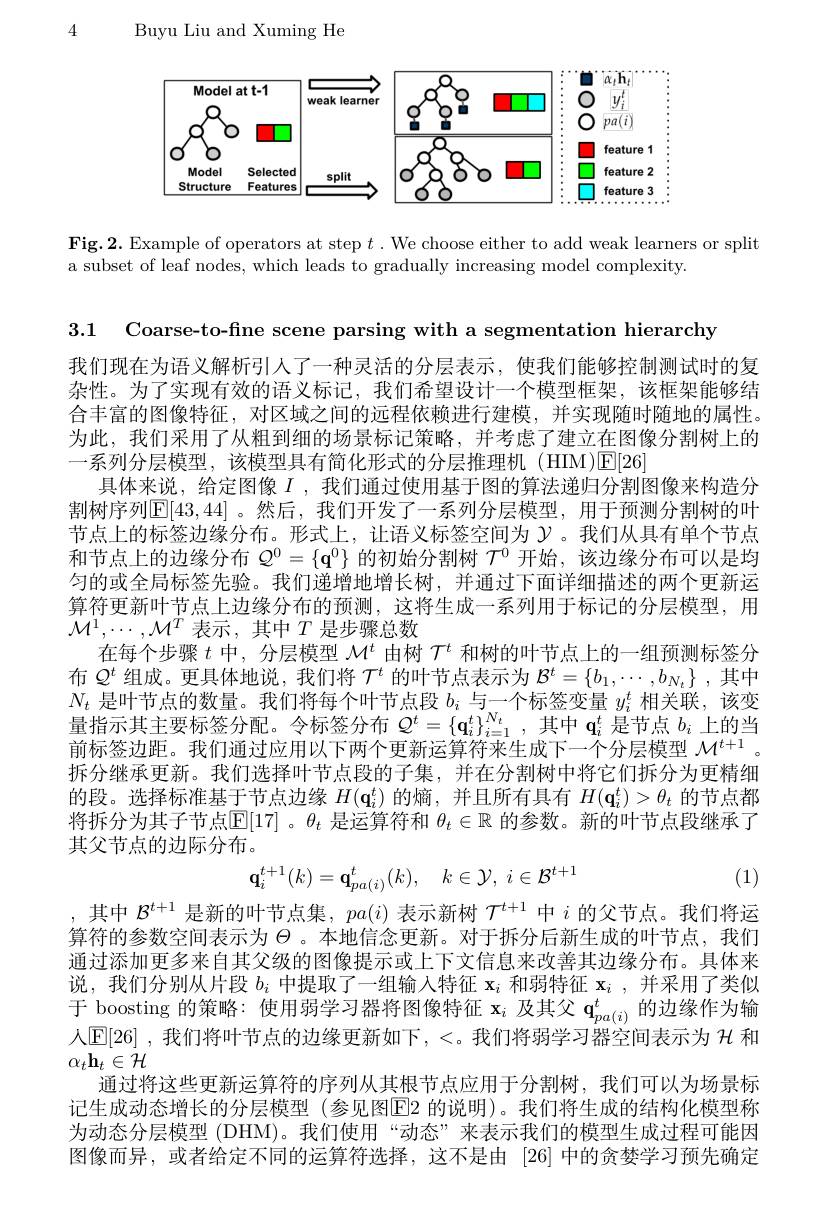
4

Buyu Liu and Xuming He

<FigureHere>

Fig.2. Example of operators at step $t.$ We choose either to add weak learners or split
a subset of leaf nodes, which leads to gradually increasing model complexity.

3.1 Coarse-to-fine scene parsing with a segmentation hierarchy

我们现在为语义解析引人了一种灵活的分层表示，使我们能够控制测试时的复杂性。为了实现有效的语义标记，我们希望设计一个模型框架，该框架能够结合丰富的图像特征，对区域之间的远程依赖进行建模，并实现随时随地的属性。为此，我们采用了从粗到细的场景标记策略，并考虑了建立在图像分割树上的一系列分层模型，该模型具有简化形式的分层推理机(HIM)[E[26]
具体来说，给定图像$I$ ,我们通过使用基于图的算法递归分割图像来构造分割树序列$\mathbb{E}[43,44]$。然后，我们开发了一系列分层模型，用于预测分割树的叶节点上的标签边缘分布。形式上，让语义标签空间为$\mathcal{Y}$。我们从具有单个节点和节点上的边缘分布$Q^0=\{\mathbf{q}^0\}$的初始分割树$\mathcal{T}^0$开始，该边缘分布可以是均匀的或全局标签先验。我们递增地增长树，并通过下面详细描述的两个更新运算符更新叶节点上边缘分布的预测，这将生成一系列用于标记的分层模型，用$\mathcal{M}^{1},\cdots,\mathcal{M}^{T}$表示，其中$T$是步骤总数
在每个步骤$t$中，分层模型$\mathcal{M}^t$由树$\mathcal{T}^t$和树的叶节点上的一组预测标签分布$Q^t$组成。更具体地说，我们将$T^t$的叶节点表示为$\mathcal{B}^t=\{b_1,\cdots,b_{N_t}\}$,其中$N_{t}$是叶节点的数量。我们将每个叶节点段$b_i$与一个标签变量$y_i^t$相关联，该变量指示其主要标签分配。令标签分布$Q^t=\{\mathbf{q}_i^t\}_{i=1}^{N_t}$,其中$\mathbf{q}_i^t$是节点$b_i$上的当前标签边距。我们通过应用以下两个更新运算符来生成下一个分层模型$\mathcal{M}^{t+1}$ 。拆分继承更新。我们选择叶节点段的子集，并在分割树中将它们拆分为更精细的段。选择标准基于节点边缘$H(\mathbf{q}_i^t)$的熵，并且所有具有$H(\mathbf{q}_i^t)>\theta_t$的节点都将拆分为其子节点$\overline{\mathbb{E}}[17]$ 。$\theta_t$是运算符和$\theta_t\in\mathbb{R}$的参数。新的叶节点段继承了其父节点的边际分布。
$$\mathbf{q}_i^{t+1}(k)=\mathbf{q}_{pa(i)}^t(k),\quad k\in\mathcal{Y},\:i\in\mathcal{B}^{t+1}$$
(1)
,其中$\mathcal{B}^{t+1}$是新的叶节点集，$pa(i)$表示新树$\mathcal{T}^{t+1}$中$i$的父节点。我们将运算符的参数空间表示为$\Theta$ 。本地信念更新。对于拆分后新生成的叶节点，我们通过添加更多来自其父级的图像提示或上下文信息来改善其边缘分布。具体来说，我们分别从片段$b_i$中提取了一组输入特征$\mathbf{x}_i$和弱特征$\mathbf{x} _i$ , 并 采 用 了 类 似 于 boosting 的策略：使用弱学习器将图像特征$\mathbf{x}_i$及其父$\mathbf{q}_{pa(i)}^t$的边缘作为输人$\operatorname{E[26]}$ ,我们将叶节点的边缘更新如下 , <。我们将弱学习器空间表示为 $\mathcal{H}$ 和$\alpha_t\mathbf{h}_t\in\mathcal{H}$
通过将这些更新运算符的序列从其根节点应用于分割树，我们可以为场景标记生成动态增长的分层模型 (参见图$\overline{\mathrm{E}}$2 的说明)。我们将生成的结构化模型称为动态分层模型 (DHM)。我们使用“动态”来表示我们的模型生成过程可能因图像而异，或者给定不同的运算符选择，这不是由 [26]中的贪婪学习预先确定